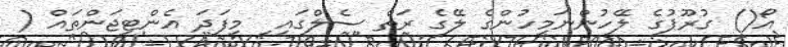
އޯ() ގުރޫޕުގެ ލޭހުންނަމީހުންގެ ލޭގެ ރަތް ސެލްގައި ި މިފަދަ އެންޓިޖަންތައް (